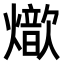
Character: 𤐚